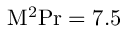
\mathrm { M } ^ { 2 } \mathrm { P r } = 7 . 5